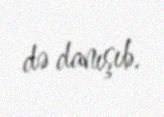
də danışıb.